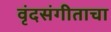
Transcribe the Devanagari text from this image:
वृंदसंगीताचा